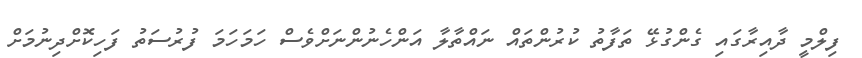
ފިލްމީ ދާއިރާގައި ގެންގުޅޭ ތަފާތު ކުރުންތައް ނައްތާލާ އަންހެނުންނަށްވެސް ހަމަހަމަ ފުރުސަތު ފަހިކޮށްދިނުމަށް